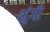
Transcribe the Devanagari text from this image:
भुंगी